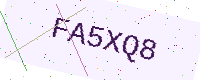
Text: FA5XQ8